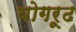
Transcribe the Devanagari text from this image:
योगरूढ